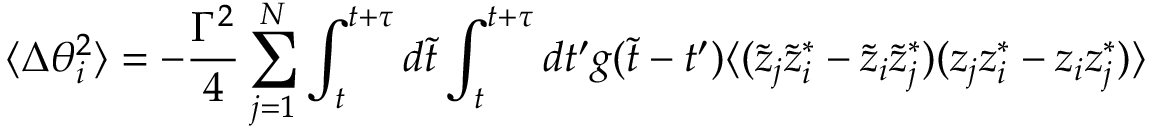
\langle \Delta \theta _ { i } ^ { 2 } \rangle = - { \frac { \Gamma ^ { 2 } } { 4 } } \sum _ { j = 1 } ^ { N } \int _ { t } ^ { t + \tau } d \tilde { t } \int _ { t } ^ { t + \tau } d t ^ { \prime } g ( \tilde { t } - t ^ { \prime } ) \langle ( \tilde { z } _ { j } \tilde { z } _ { i } ^ { * } - \tilde { z } _ { i } \tilde { z } _ { j } ^ { * } ) ( z _ { j } z _ { i } ^ { * } - z _ { i } z _ { j } ^ { * } ) \rangle